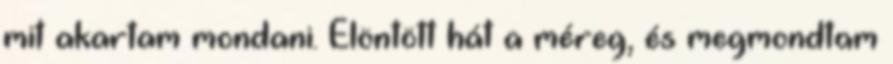
mit akartam mondani. Elöntött hát a méreg, és megmondtam